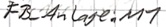
Text: FB_Anlage.M1